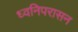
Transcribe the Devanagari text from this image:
ध्वनिपरासन